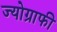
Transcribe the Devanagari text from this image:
ज्योग्राफी